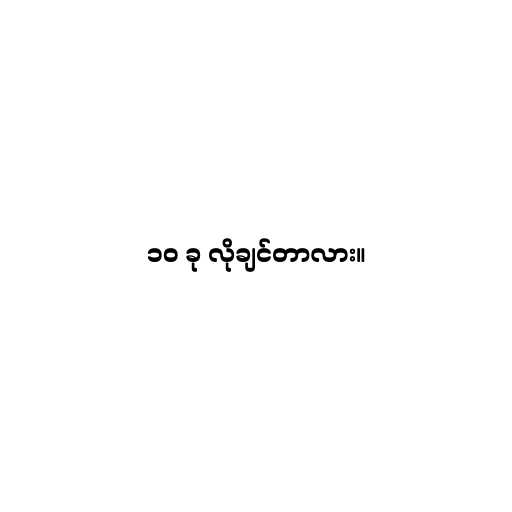
၁၀ ခု လိုချင်တာလား။